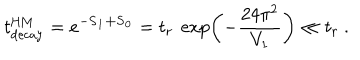
LaTeX: t _ { \mathrm { d e c a y } } ^ { \mathrm { H M } } = e ^ { - \bf S _ { 1 } + \bf S _ { 0 } } = t _ { r } \ \exp \left( - { \frac { 2 4 \pi ^ { 2 } } { V _ { 1 } } } \right) \ll t _ { r } \ .